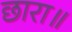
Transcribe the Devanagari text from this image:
छारा॥